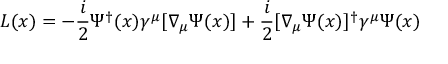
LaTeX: L ( x ) = - { \frac { i } { 2 } } \Psi ^ { \dagger } ( x ) \gamma ^ { \mu } [ \nabla _ { \mu } \Psi ( x ) ] + { \frac { i } { 2 } } [ \nabla _ { \mu } \Psi ( x ) ] ^ { \dagger } \gamma ^ { \mu } \Psi ( x )